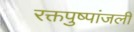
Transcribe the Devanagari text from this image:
रक्तपुष्पांजली